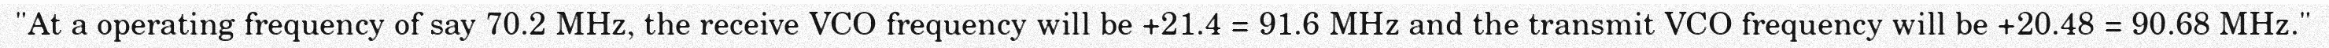
"At a operating frequency of say 70.2 MHz, the receive VCO frequency will be +21.4 = 91.6 MHz and the transmit VCO frequency will be +20.48 = 90.68 MHz."